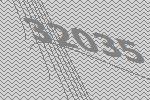
32035